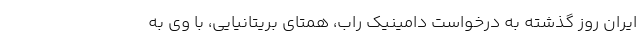
ایران روز گذشته به درخواست دامینیک راب، همتای بریتانیایی، با وی به